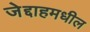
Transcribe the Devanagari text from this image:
जेद्दाहमधील